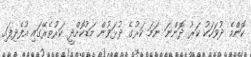
ކޮންމެ ދުވަހަކު ކަރު ދޮންނަ ނަމަ ކަރުގެ ދުޅަވުން މަޑުކޮށްދީ ކަރުތެރޭގައި އުފެދިފައި